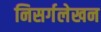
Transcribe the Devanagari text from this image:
निसर्गलेखन